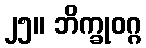
၂၅။ ဘိက္ခုဝဂ္ဂ